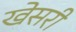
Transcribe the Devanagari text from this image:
खेसरी